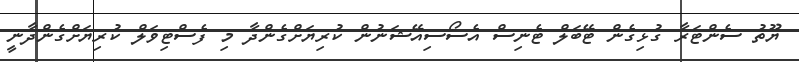
ޔޫތު ސެންޓަރާ ގުޅިގެން ޓޭބަލް ޓެނިސް އެސޯސިއޭޝަނުން ކުރިޔަށްގެންދާ މި ފެސްޓިވަލް ކުރިޔަށްގެންދާނީ